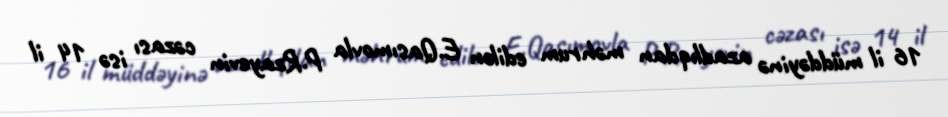
16 il müddəyinə azadlıqdan məhrum edilən E.Qasımovla P.Rzayevin cəzası isə 14 il